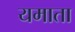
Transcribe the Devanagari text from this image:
यमाता